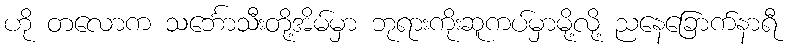
ဟို တလောက သင်္ဘောသီးတို့အိမ်မှာ ဘုရားကိုးဆူကပ်မှာမို့လို့ ညနေခြောက်နာရီ